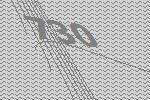
730